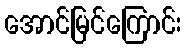
အောင်မြင်ကြောင်း